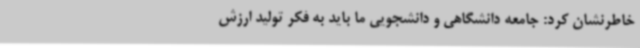
خاطرنشان کرد: جامعه دانشگاهی و دانشجویی ما باید به فکر تولید ارزش